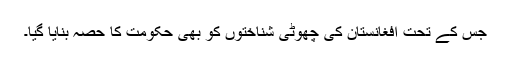
جس کے تحت افغانستان کی چھوٹی شناختوں کو بھی حکومت کا حصہ بنایا گیا۔